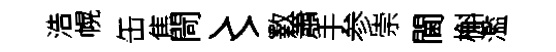
浩幌缶焦閜〻斁簫手参崇閫槲濫